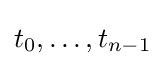
t_{0},\ldots ,t_{n-1}